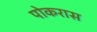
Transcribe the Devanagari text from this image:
पोकरास